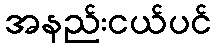
အနည်းငယ်ပင်